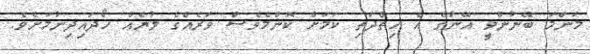
މަންމަ ބޭނުންވީ އޭނާގެ އެ ހިތްދަތި ކަމަށް ކޮންމެވެސް ވަރެއްގެ ލުޔެއް ހޯދައިދިނުމަށެވެ.